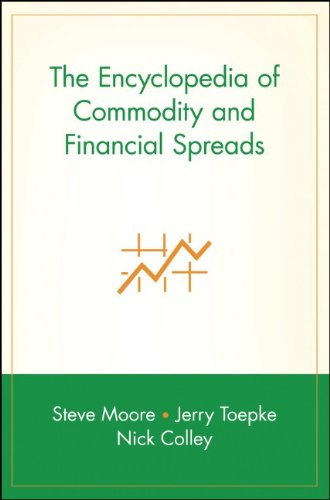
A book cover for The Encyclopedia of Commodity and Financial Spreads; Steve Moore; Business & Money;